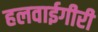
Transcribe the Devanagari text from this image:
हलवाईगीरी